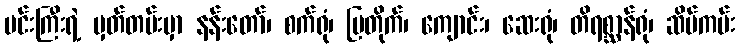
မင်းကြီးရဲ့ မှတ်တမ်းမှာ နန်းတော်၊ စက်ရုံ၊ ပြတိုက်၊ ကျောင်း၊ ဆေးရုံ၊ တိရစ္ဆာန်ရုံ၊ ဆိပ်ကမ်း